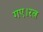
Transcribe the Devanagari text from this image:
गए।रत्न